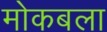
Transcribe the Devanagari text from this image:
मोकबला